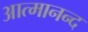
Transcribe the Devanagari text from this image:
आत्‍मानन्द